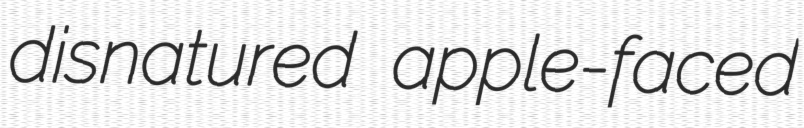
disnatured apple-faced